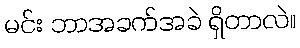
မင်း ဘာအခက်အခဲ ရှိတာလဲ။